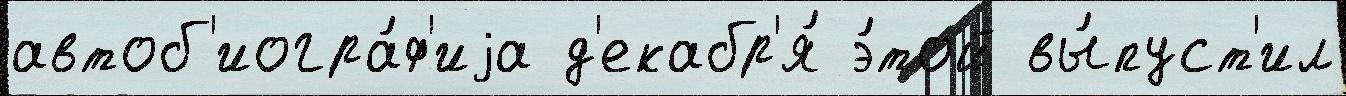
автоб'иогра́ф'иjа д'екабр'я́ э́той вы́пуст'ил